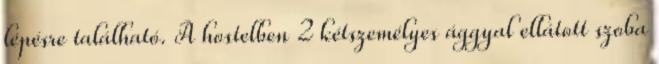
lépésre található. A hostelben 2 kétszemélyes ággyal ellátott szoba